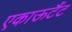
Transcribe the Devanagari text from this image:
एकाऊटैंट